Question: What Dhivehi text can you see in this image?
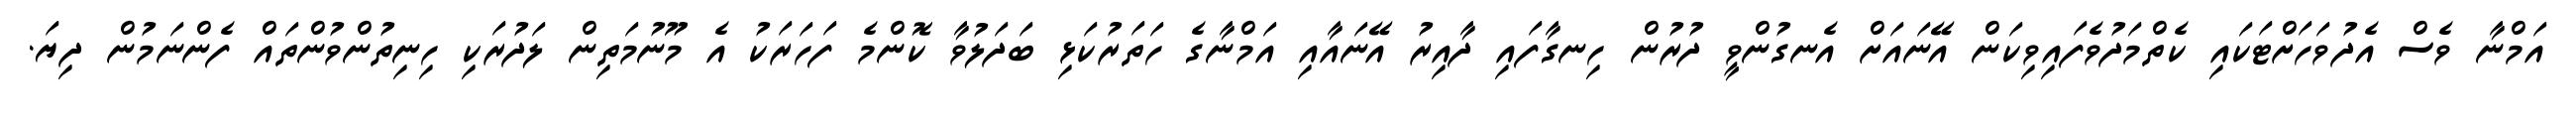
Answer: އަމްނާ ވެސް އެދުވަހަށްޓަކައި ކެތްމަދުވެފައިވިކަން އޭނައަށް އެނގުންވީ ދުރުން ހިނގާފައި ދާއިރު އޭނައާއި އަމްނާގެ ހަތަރުކަޅި ބަދަލުވާ ކޮންމެ ފަހަރަކު އެ މޫނުމަތިން ލަދުރަކި ހިނިތުންވުންތައް ފެންނަމުން ދިޔަ.